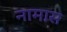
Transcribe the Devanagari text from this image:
नामास